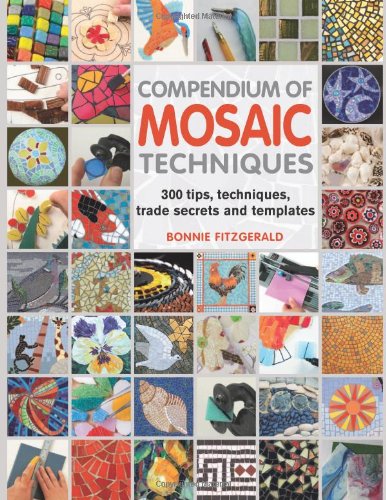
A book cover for Compendium of Mosaic Techniques: Over 300 Tips, Techniques and Trade Secrets; Bonnie Fitzgerald; Crafts, Hobbies & Home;